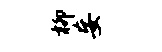
柳妄